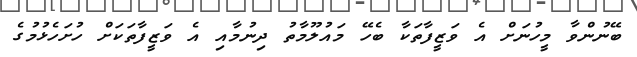
ބޭނުންވާ މީހުނަށް އެ ވަޒީފާތަކާ ބެހޭ މައުލޫމާތު ދިނުމާއި އެ ވަޒީފާތަކަށް ހުށަހެޅުމުގެ